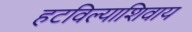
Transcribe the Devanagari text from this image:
हटविल्याशिवाय